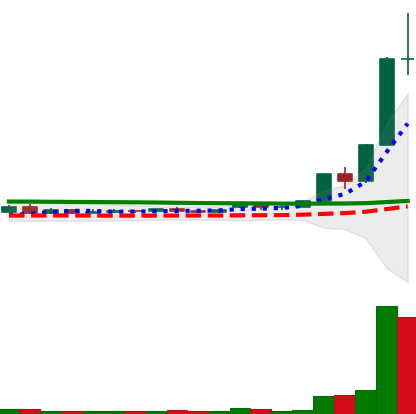
Ticker: XLM-USD
Chart end date: 2020-11-25
Forward return: 3.53%
Label: up_3_5